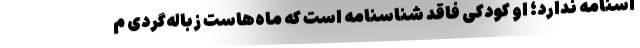
اسنامه ندارد؛ او کودکی فاقد شناسنامه است که ماه‌هاست زباله‌گردی م